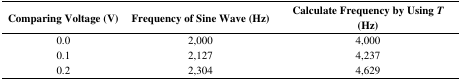
<table><thead><tr><td><b>Comparing Voltage (V)</b></td><td><b>Frequency of Sine Wave (Hz)</b></td><td><b>Calculate Frequency by Using<i>T</i> (Hz)</b></td></tr></thead><tbody><tr><td>0.0</td><td>2,000</td><td>4,000</td></tr><tr><td>0.1</td><td>2,127</td><td>4,237</td></tr><tr><td>0.2</td><td>2,304</td><td>4,629</td></tr></tbody></table>